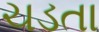
ચડતા